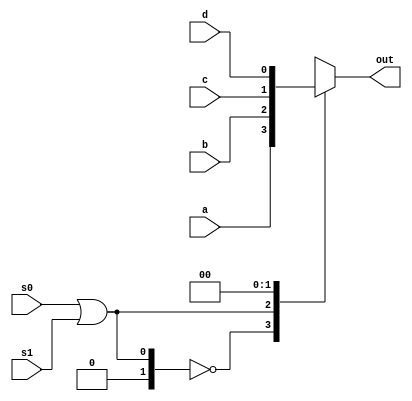
module m41 ( a, b, c, d, s0, s1, out);

input wire a, b, c, d;
input wire s0, s1;
output reg out;

always @ (a or b or c or d or s0, s1)
begin

case (s0 | s1)
2'b00 : out <= a;
2'b01 : out <= b;
2'b10 : out <= c;
2'b11 : out <= d;
endcase

end

endmodule